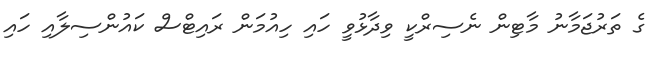
ގެ ތަރުޖަމާނު މާޓިން ނެސިރްކީ ވިދާޅުވީ ހައި ހިއުމަން ރައިޓްސް ކައުންސިލާއި ހައި